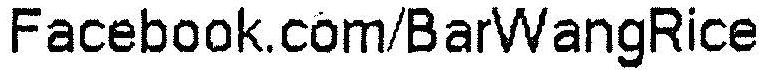
FACEBOOK.COM/BARWANGRICE